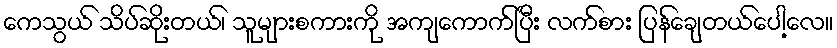
ကေသွယ် သိပ်ဆိုးတယ်၊ သူများစကားကို အကျကောက်ပြီး လက်စား ပြန်ချေတယ်ပေါ့လေ။